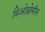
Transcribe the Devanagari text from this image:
थिओब्रोमीन